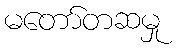
မတော်တဆမှု